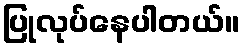
ပြုလုပ်နေပါတယ်။